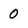
Character: 0